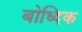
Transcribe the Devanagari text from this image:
बोध्दिक